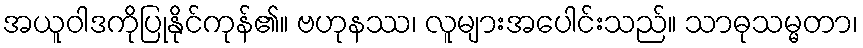
အယူဝါဒကိုပြုနိုင်ကုန်၏။ ဗဟုနဿ၊ လူများအပေါင်းသည်။ သာဓုသမ္မတာ၊